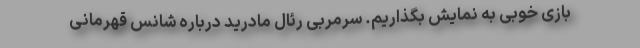
بازی خوبی به نمایش بگذاریم. سرمربی رئال مادرید درباره شانس قهرمانی